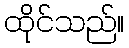
ထိုင်သည်။